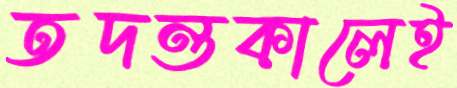
তদন্তকালেই